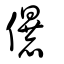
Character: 儤